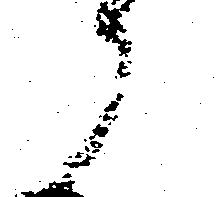
候